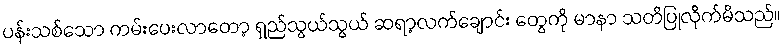
ပန်းသစ်သော ကမ်းပေးလာတော့ ရှည်သွယ်သွယ် ဆရာ့လက်ချောင်း တွေကို မာနာ သတိပြုလိုက်မိသည်။